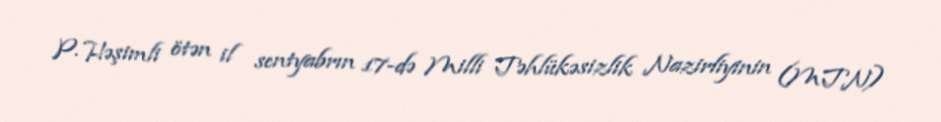
P. Həşimli ötən il sentyabrın 17-də Milli Təhlükəsizlik Nazirliyinin (MTN)